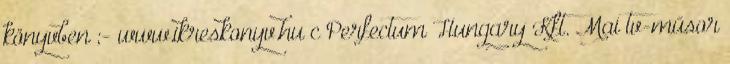
könyvben ;- www.ikreskonyv.hu c Perfectum Hungary Kft. Mai tv-műsor